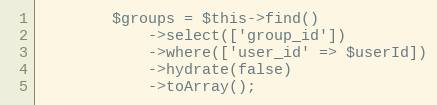
Language: PHP
        $groups = $this->find()
            ->select(['group_id'])
            ->where(['user_id' => $userId])
            ->hydrate(false)
            ->toArray();